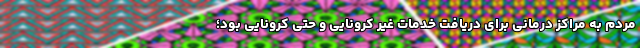
مردم به مراکز درمانی برای دریافت خدمات غیر کرونایی و حتی کرونایی بود؛